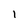
Character: 1